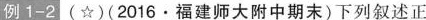
例1-2 (☆)(2016·福建师大附中期末)下列叙述正